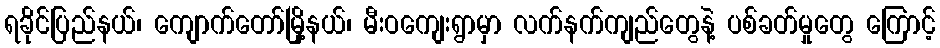
ရခိုင်ပြည်နယ်၊ ကျောက်တော်မြို့နယ်၊ မီးဝကျေးရွာမှာ လက်နက်ကျည်တွေနဲ့ ပစ်ခတ်မှုတွေ ကြောင့်